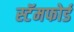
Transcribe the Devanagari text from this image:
स्टॅमफोर्ड